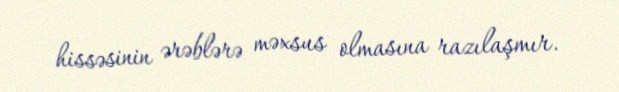
hissəsinin ərəblərə məxsus olmasına razılaşmır.